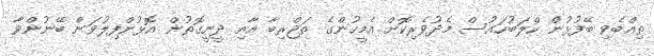
ތިއްބެވި ބޭފުޅުން ކްލަބުހައުސް މެދުވެރިކޮށް އެމީހުންގެ ތަޖްރިބާ އާއި ދީނީގޮތުން އޮޅުންފިލުވަން ބޭނުންވާ